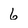
Character: 6